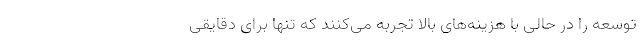
توسعه را در حالی با هزینه‌های بالا تجربه می‌کنند که تنها برای دقایقی